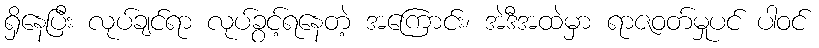
ရှိနေပြီး လုပ်ချင်ရာ လုပ်ခွင့်ရနေတဲ့ အကြောင်း၊ အဲဒီအထဲမှာ ရာဇဝတ်မှုပင် ပါဝင်